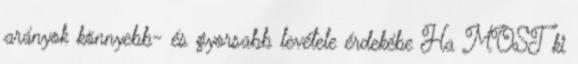
arányok könnyebb- és gyorsabb levétele érdekébe Ha MOST ki